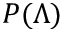
P ( \Lambda )